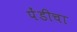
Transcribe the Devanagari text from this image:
पेंडीचा